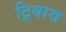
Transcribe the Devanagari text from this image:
ट्रियास